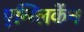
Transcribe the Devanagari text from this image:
एन्ग्लिकेंन